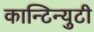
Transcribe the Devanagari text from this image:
कान्टिन्युटी